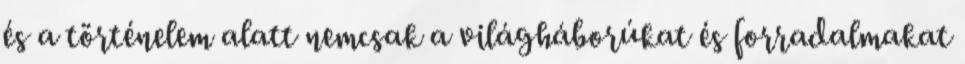
és a történelem alatt nemcsak a világháborúkat és forradalmakat